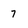
Character: 7